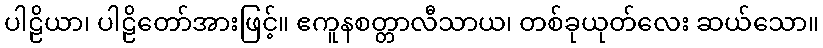
ပါဠိယာ၊ ပါဠိတော်အားဖြင့်။ ဧကူနစတ္တာလီသာယ၊ တစ်ခုယုတ်လေး ဆယ်သော။